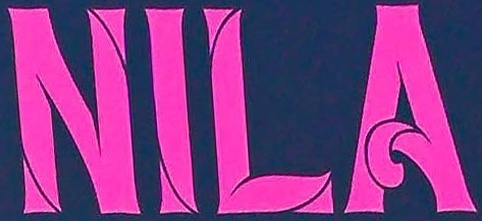
NILA